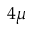
4 \mu